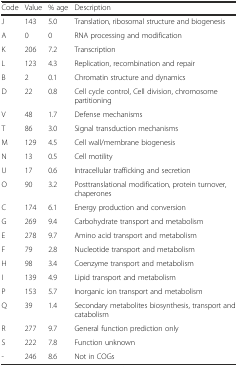
| Code | Value | % age | Description |
 | --- | --- | --- | --- |
 | J | 143 | 5.0 | Translation, ribosomal structure and biogenesis |
 | A | 0 | 0 | RNA processing and modification |
 | K | 206 | 7.2 | Transcription |
 | L | 123 | 4.3 | Replication, recombination and repair |
 | B | 2 | 0.1 | Chromatin structure and dynamics |
 | D | 22 | 0.8 | Cell cycle control, Cell division, chromosome partitioning |
 | V | 48 | 1.7 | Defense mechanisms |
 | T | 86 | 3.0 | Signal transduction mechanisms |
 | M | 129 | 4.5 | Cell wall/membrane biogenesis |
 | N | 13 | 0.5 | Cell motility |
 | U | 17 | 0.6 | Intracellular trafficking and secretion |
 | O | 90 | 3.2 | Posttranslational modification, protein turnover, chaperones |
 | C | 174 | 6.1 | Energy production and conversion |
 | G | 269 | 9.4 | Carbohydrate transport and metabolism |
 | E | 278 | 9.7 | Amino acid transport and metabolism |
 | F | 79 | 2.8 | Nucleotide transport and metabolism |
 | H | 98 | 3.4 | Coenzyme transport and metabolism |
 | I | 139 | 4.9 | Lipid transport and metabolism |
 | P | 153 | 5.7 | Inorganic ion transport and metabolism |
 | Q | 39 | 1.4 | Secondary metabolites biosynthesis, transport and catabolism |
 | R | 277 | 9.7 | General function prediction only |
 | S | 222 | 7.8 | Function unknown |
 | - | 246 | 8.6 | Not in COGs |